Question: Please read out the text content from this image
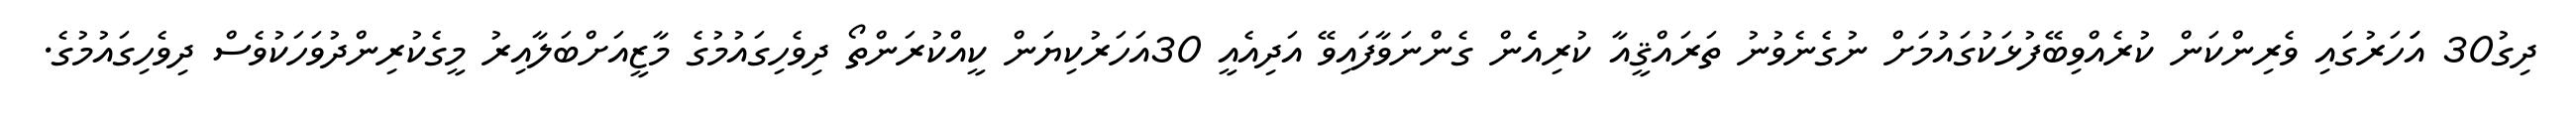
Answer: ދިގު30 އަަހަރުގައި ވެރިންކަން ކުރެއްވިބޭފުޅަކުގައުމަށް ނުގެނެވުނު ތަރައްޤީއާ ކުރިއެެން ގެންނަވާފައިވޭ އަދިއެއީ 30އަހަރުކިޔަން ކީއްކުރަންތޯ ދިވެހިގައުމުގެ މާޒީއަށްބަލާއިރު މީގެކުރިންދުވަހަކުވެސް ދިވެހިގައުމުގެ.